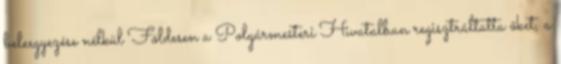
beleegyezése nélkül Földesen a Polgármesteri Hivatalban regisztráltatta őket, a